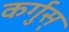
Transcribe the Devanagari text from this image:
कर्गुस्